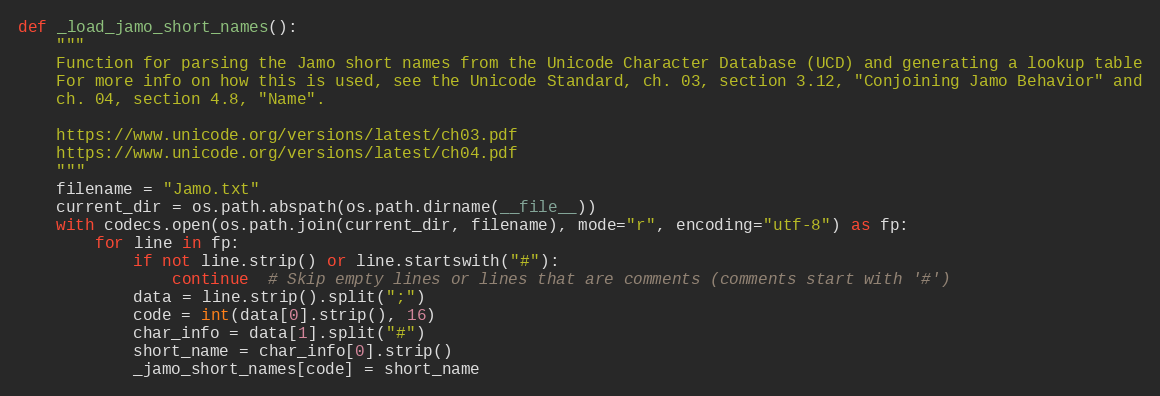
Language: Python
def _load_jamo_short_names():
    """
    Function for parsing the Jamo short names from the Unicode Character Database (UCD) and generating a lookup table
    For more info on how this is used, see the Unicode Standard, ch. 03, section 3.12, "Conjoining Jamo Behavior" and
    ch. 04, section 4.8, "Name".

    https://www.unicode.org/versions/latest/ch03.pdf
    https://www.unicode.org/versions/latest/ch04.pdf
    """
    filename = "Jamo.txt"
    current_dir = os.path.abspath(os.path.dirname(__file__))
    with codecs.open(os.path.join(current_dir, filename), mode="r", encoding="utf-8") as fp:
        for line in fp:
            if not line.strip() or line.startswith("#"):
                continue  # Skip empty lines or lines that are comments (comments start with '#')
            data = line.strip().split(";")
            code = int(data[0].strip(), 16)
            char_info = data[1].split("#")
            short_name = char_info[0].strip()
            _jamo_short_names[code] = short_name